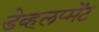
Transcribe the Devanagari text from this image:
डेव्हलप्मेंट